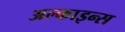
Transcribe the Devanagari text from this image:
अल्काइन्स